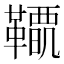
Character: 𩍋